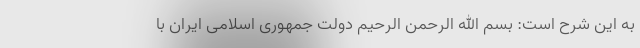
به این شرح است: بسم الله الرحمن الرحیم دولت جمهوری اسلامی ایران با